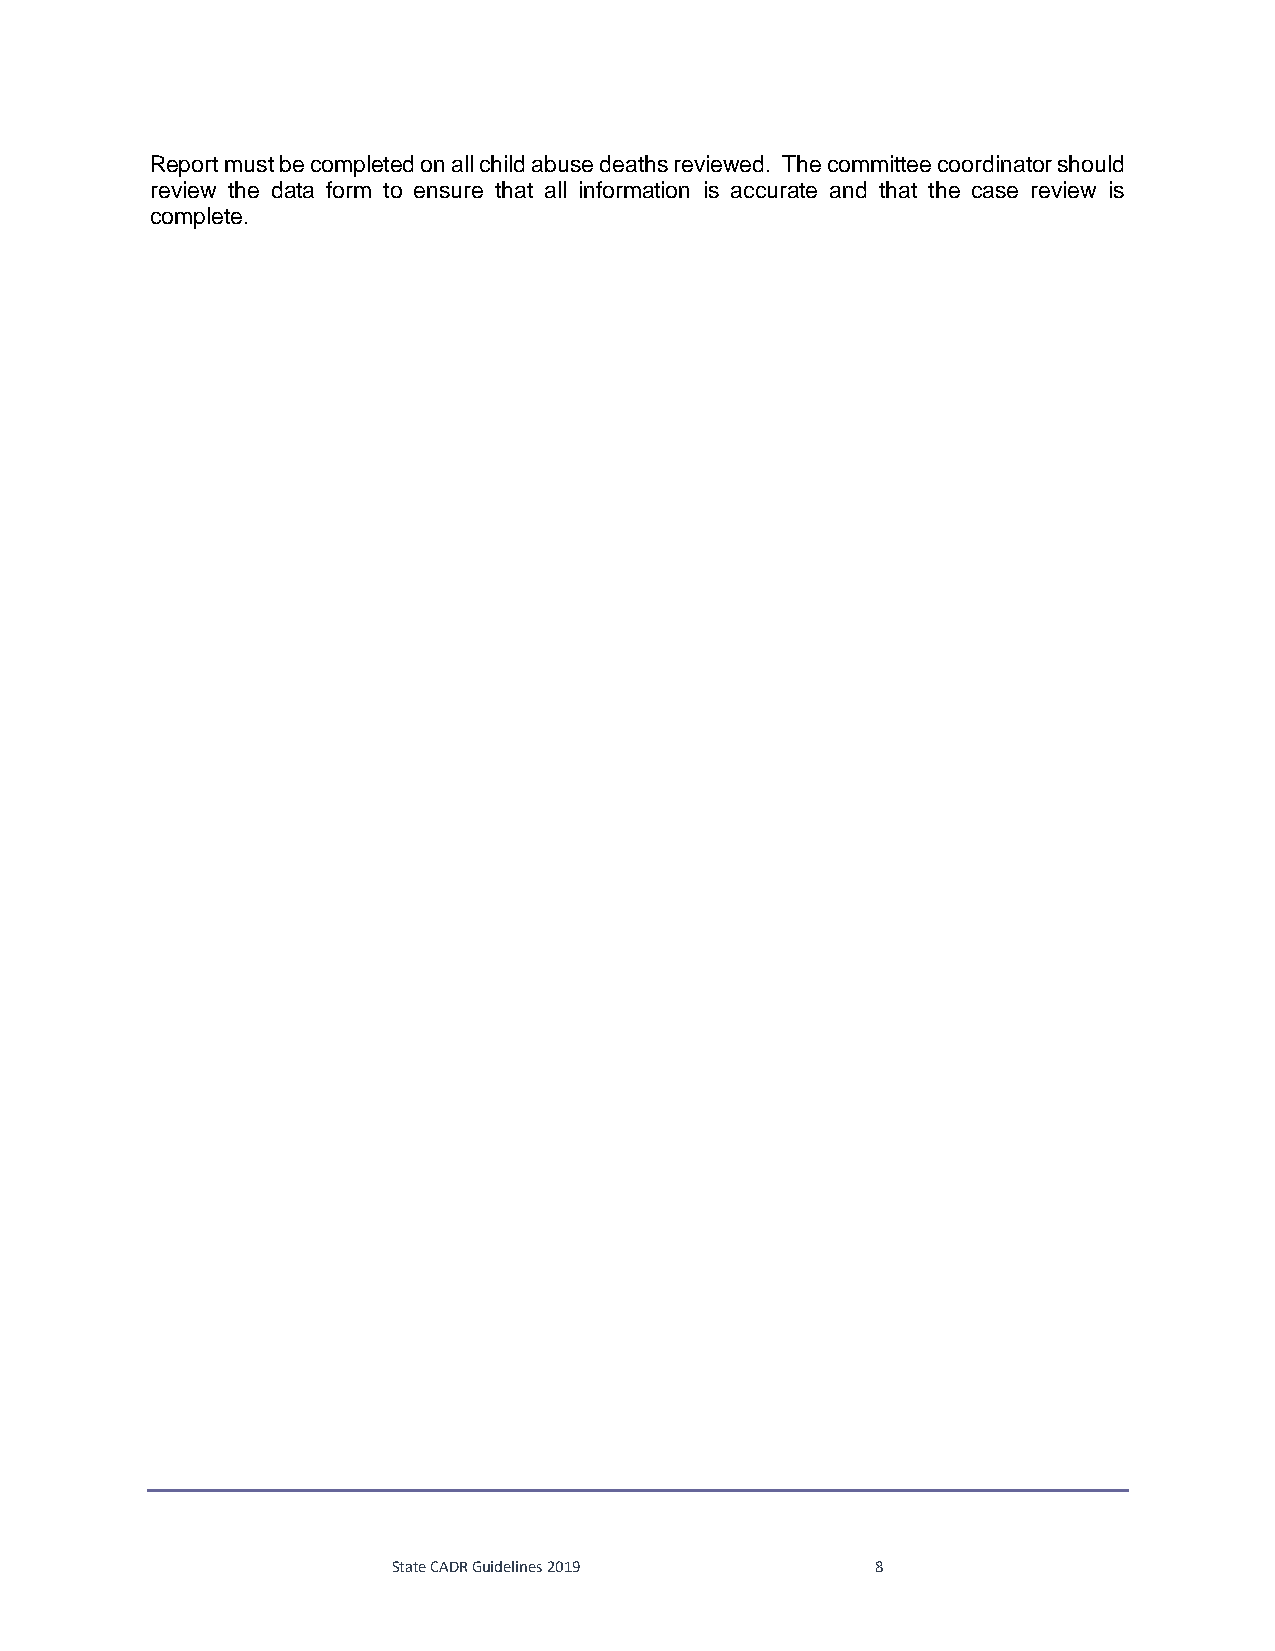
Report must be completed on all child abuse deaths reviewed. The committee coordinator should
 review the data form to ensure that all information is accurate and that the case review is
 complete.
 State CADR Guidelines 2019      8